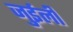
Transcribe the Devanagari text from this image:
जुईली